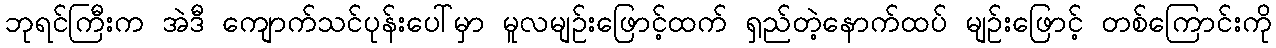
ဘုရင်ကြီးက အဲဒီ ကျောက်သင်ပုန်းပေါ်မှာ မူလမျဉ်းဖြောင့်ထက် ရှည်တဲ့နောက်ထပ် မျဉ်းဖြောင့် တစ်ကြောင်းကို